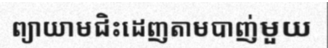
ព្យាយាមជិះដេញតាមបាញ់មួយ